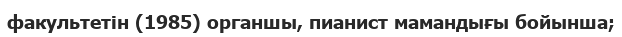
факультетін (1985) органшы, пианист мамандығы бойынша;